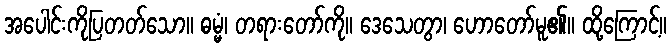
အပေါင်းကိုပြတတ်သော။ ဓမ္မံ၊ တရားတော်ကို။ ဒေသေတွာ၊ ဟောတော်မူ၏။ ထို့ကြောင့်။